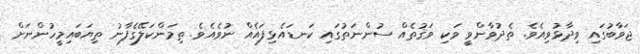
ޖަވާބުގައި ވިދާޅުވިއެވެ. ތެދުވާންވީ ވަކި ވަޤުތެއް ސުންނަތުގައި ކަނޑައެޅިފައެއް ނުވެއެވެ. ތިމަންކަލޭގެފާނު ތިޔަބައިމީހުންނަށް